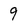
Character: 9